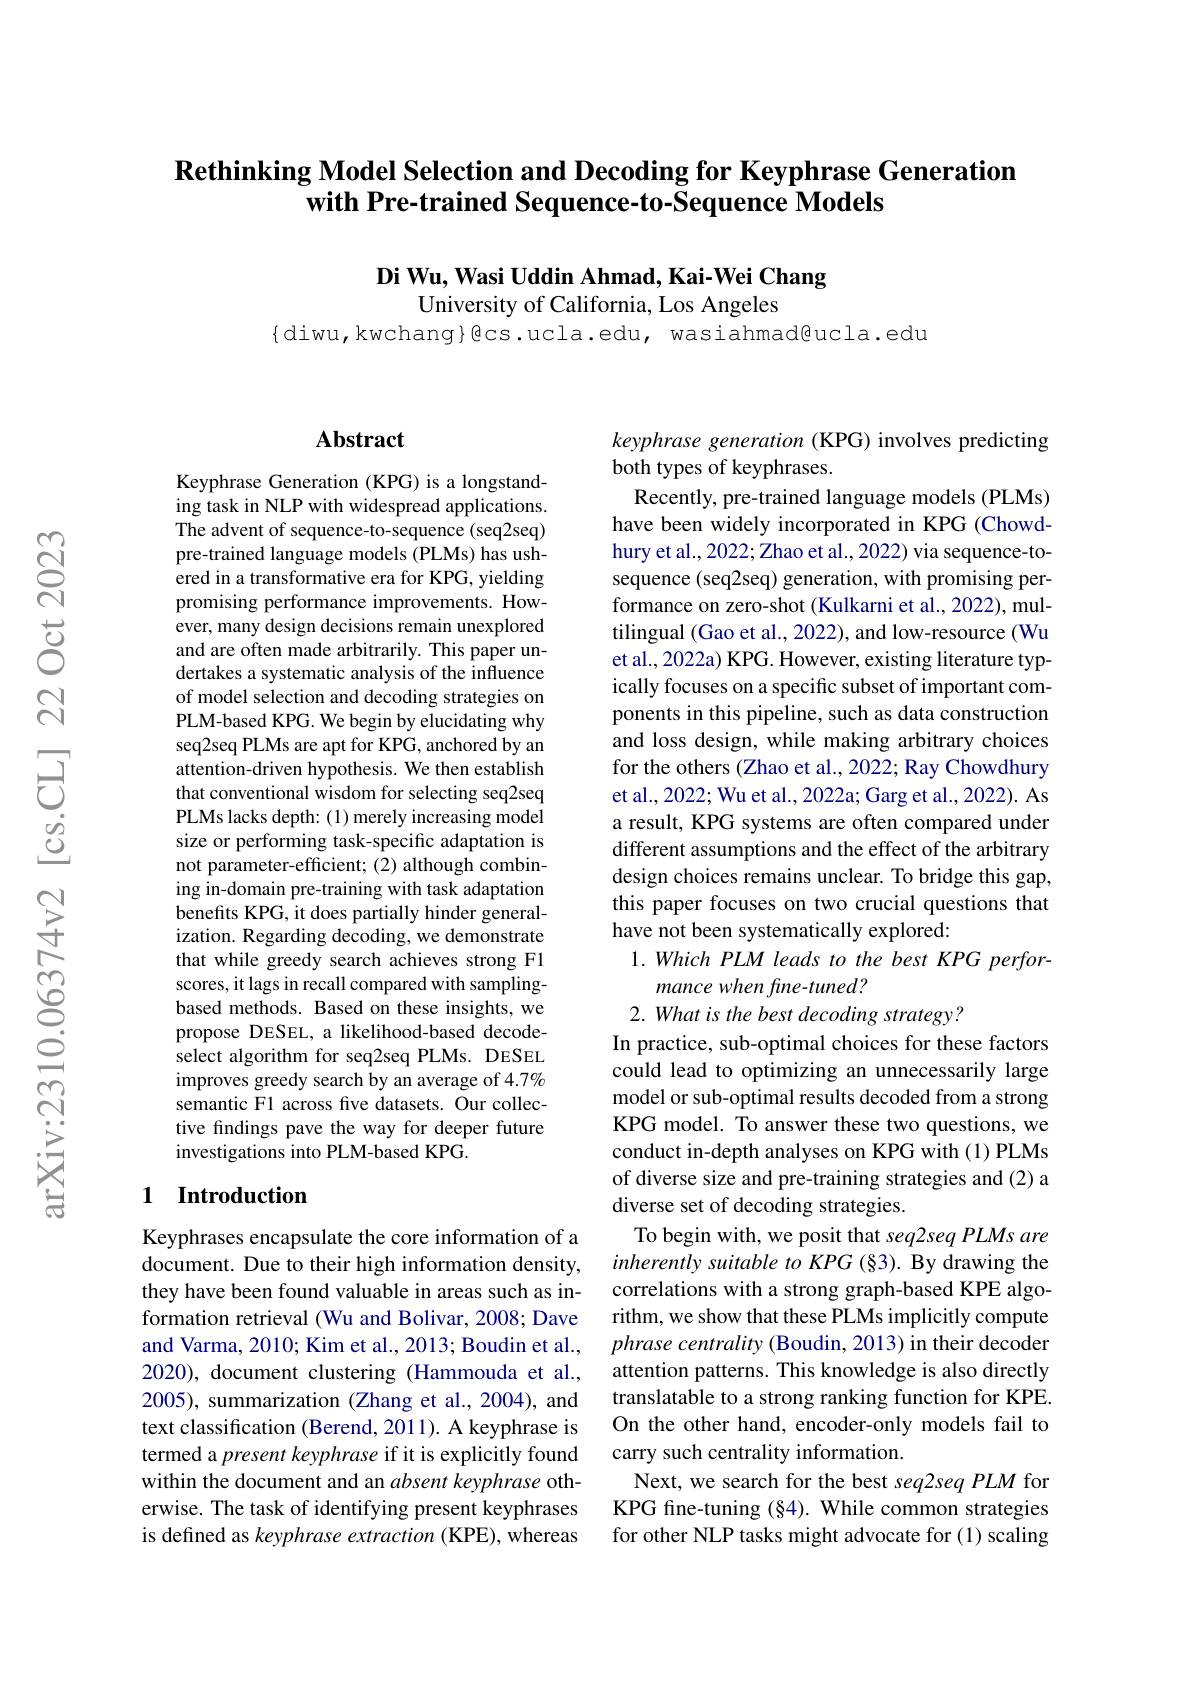
## $\textbf{Rethinking Model Selection and Decoding for Keyphrase Generation}$ with Pre-trained Sequence-to-Sequence Models

Di Wu, Wasi Uddin Ahmad, Kai-Wei Chang
University of California, Los Angeles

$\{$diwu, kwchang}@cs. ucla. edu, wasiahmad@ucla. edu

## $\mathbf{Abstract}$

Keyphrase Generation (KPG) is a longstanding task in NLP with widespread applications. The advent of sequence-to-sequence (seq2seq) pre-trained language models (PLMs) has ushered in a transformative era for KPG, yielding promising performance improvements. However, many design decisions remain unexplored and are often made arbitrarily. This paper undertakes a systematic analysis of the influence of model selection and decoding strategies on PLM-based KPG. We begin by elucidating why seq2seq PLMs are apt for KPG, anchored by an attention-driven hypothesis. We then establish that conventional wisdom for selecting seq2seq PLMs lacks depth: (1) merely increasing model size or performing task-specific adaptation is not parameter-efficient; (2) although combining in-domain pre-training with task adaptation benefits KPG, it does partially hinder generalization. Regarding decoding, we demonstrate that while greedy search achieves strong F1 scores, it lags in recall compared with samplingbased methods. Based on these insights, we propose DESEL, a likelihood-based decodeselect algorithm for seq2seq PLMs. DESEL improves greedy search by an average of 4.7% semantic F1 across five datasets. Our collective findings pave the way for deeper future investigations into PLM-based KPG.

## 1 Introduction

Keyphrases encapsulate the core information of a document. Due to their high information density, they have been found valuable in areas such as information retrieval (Wu and Bolivar, 2008; Dave and Varma, 2010; Kim et al., 2013; Boudin et al., 2020), document clustering (Hammouda et al., 2005), summarization (Zhang et al., 2004), and text classification (Berend, 2011). A keyphrase is termed a present keyphrase if it is explicitly found within the document and an absent keyphrase otherwise. The task of identifying present keyphrases is defined as keyphrase extraction (KPE), whereas

keyphrase generation (KPG) involves predicting
both types of keyphrases.
Recently, pre-trained language models (PLMs) have been widely incorporated in KPG (Chowdhury et al., 2022; Zhao et al., 2022) via sequence-tosequence (seq2seq) generation, with promising performance on zero-shot (Kulkarni et al., 2022), multilingual (Gao et al., 2022), and low-resource (Wu et al., 2022a) KPG. However, existing literature typically focuses on a specific subset of important components in this pipeline, such as data construction and loss design, while making arbitrary choices for the others (Zhao et al., 2022; Ray Chowdhury et al., 2022; Wu et al., 2022a; Garg et al., 2022). As a result, KPG systems are often compared under different assumptions and the effect of the arbitrary design choices remains unclear. To bridge this gap, this paper focuses on two crucial questions that have not been systematically explored:
$1.WhichPLMleadstothebestKPGperfor-$
mance when fine-tuned?
2. What is the best decoding strategy?
In practice, sub-optimal choices for these factors could lead to optimizing an unnecessarily large model or sub-optimal results decoded from a strong KPG model. To answer these two questions, we conduct in-depth analyses on KPG with (1) PLMs of diverse size and pre-training strategies and (2) a diverse set of decoding strategies.
To begin with, we posit that seq2seq PLMs are inherently suitable to KPG (§3). By drawing the correlations with a strong graph-based KPE algorithm, we show that these PLMs implicitly compute $phrase\textit{centrality ( Boudin, 2013) in their decoder}$ attention patterns. This knowledge is also directly translatable to a strong ranking function for KPE. On the other hand, encoder-only models fail to carry such centrality information.
Next, we search for the best seq2seq PLM for KPG fine-tuning (§4). While common strategies for other NLP tasks might advocate for (1) scaling